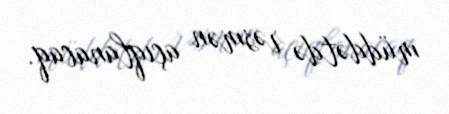
müddətdə rəsmən açıqlanacaq.